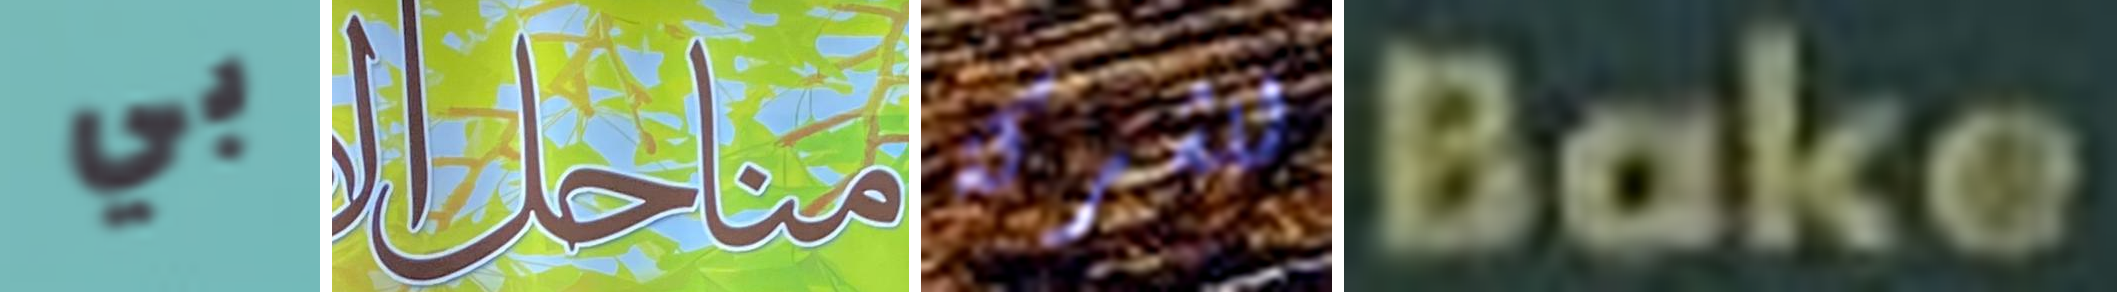
بي مناحل للشركة Bake